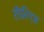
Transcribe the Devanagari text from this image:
रॉडरिग्ज